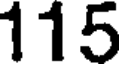
115